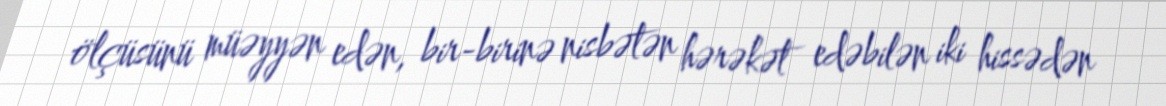
ölçüsünü müəyyən edən, bir-birinə nisbətən hərəkət edəbilən iki hissədən